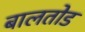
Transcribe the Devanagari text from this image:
बालतोड